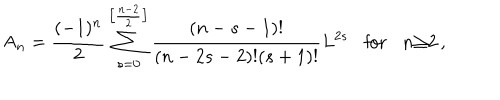
LaTeX: { \sf A } _ { n } = \frac { ( - 1 ) ^ { n } } { 2 } \sum _ { s = 0 } ^ { \left[ \frac { n - 2 } { 2 } \right] } \frac { ( n - s - 1 ) ! } { ( n - 2 s - 2 ) ! ( s + 1 ) ! } L ^ { 2 s } \mathrm { f o r } n { \geq } 2 \, ,